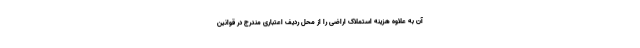
آن به علاوه هزینه استملاک اراضی را از محل ردیف اعتباری مندرج در قوانین